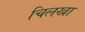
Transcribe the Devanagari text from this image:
चिलखा